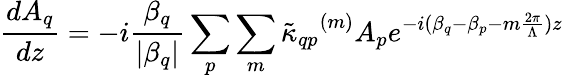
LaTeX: \frac{dA_{q}}{dz}=-i\frac{\beta_{q}}{|\beta_{q}|}\sum_{p}\sum_{m}{\tilde{\kappa}_{qp}}^{(m)}A_{p}e^{-i(\beta_{q}-\beta_{p}-m\frac{2\pi}{\Lambda})z}